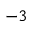
^ { - 3 }